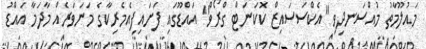
މައުލޫމާތު މުއްސަނދިވި "އެކްސަސައިޒް ކޮކަނަޓް ގްރޯވް" އައްޑޫގައި ފަށައިފިއެމެރިކާގެ މަނަވަރެއް މާދަމާ އައްޑު